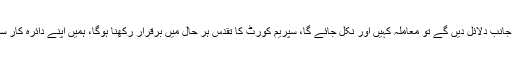
، ہمیں مطمئن کریں کہ نیب کو حدیبیہ کیس میں اپیل کرنا چاہیے تھی، اگر آپ دوسری جانب دلائل دیں گے تو معاملہ کہیں اور نکل جائے گا، سپریم کورٹ کا تقدس ہر حال میں برقرار رکھنا ہوگا، ہمیں اپنے دائرہ کار سے باہر نہ نکالیں، ہائی کورٹ مقدمہ ختم کر دے تو اس کی قانونی حیثیت کیا ہوتی ہے۔